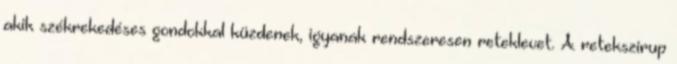
akik székrekedéses gondokkal küzdenek, igyanak rendszeresen reteklevet. A retekszirup